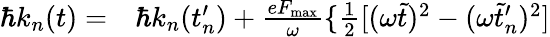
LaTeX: \begin{array}{rl}{\hbar k_{n}(t)=}&{{}\hbar k_{n}(t_{n}^{\prime})+\frac{eF_{\mathrm{max}}}{\omega}\{ \frac{1}{2}[(\omega\tilde{t})^{2}-(\omega\tilde{t}_{n}^{\prime})^{2}]}\end{array}